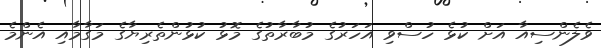
ވެލެންސިއާ އަށް ކުޅެ ހުސްވި އަހަރުގެ މުބާރާތުގެ މޮޅު ކުޅުންތެރިޔާގެ މަގާމާއި އެންމެ